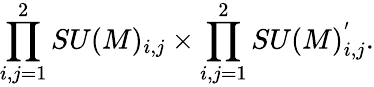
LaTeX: \prod_{i,j=1}^{2}SU(M)_{i,j}\times\prod_{i,j=1}^{2}SU(M)_{i,j}^{'}.